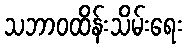
သဘာဝထိန်းသိမ်းရေး